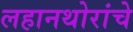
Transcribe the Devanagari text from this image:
लहानथोरांचे